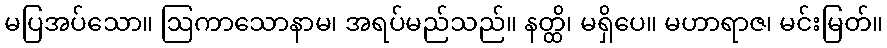
မပြအပ်သော။ ဩကာသောနာမ၊ အရပ်မည်သည်။ နတ္ထိ၊ မရှိပေ။ မဟာရာဇ၊ မင်းမြတ်။